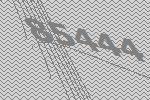
85444